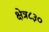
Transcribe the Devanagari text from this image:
क्षेत्र८३०